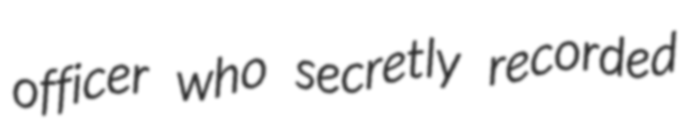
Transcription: officer who secretly recorded